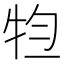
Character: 𤙊